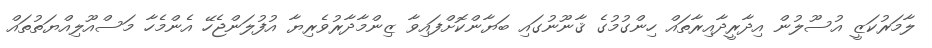
ލާމަރުކަޒީ އުސޫލުން އިދާރީދާއިރާތައް ހިންގުމުގެ ޤާނޫނުގައި ބަޔާންކޮށްފައިވާ ޒިންމާދާރުވެރިޔާ އުފުލަންޖެހޭ އެންމެހާ މަސްއޫލިއްޔަތުތައް